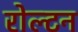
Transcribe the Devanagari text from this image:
रोल्टन